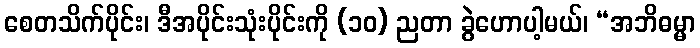
စေတသိက်ပိုင်း၊ ဒီအပိုင်းသုံးပိုင်းကို (၁၀) ညတာ ခွဲဟောပါ့မယ်၊ “အဘိဓမ္မာ